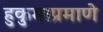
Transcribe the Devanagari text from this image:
हुकुमाप्रमाणे